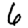
Digit: 6